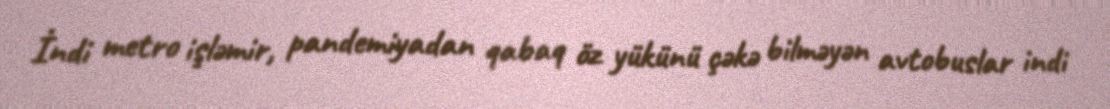
İndi metro işləmir, pandemiyadan qabaq öz yükünü çəkə bilməyən avtobuslar indi